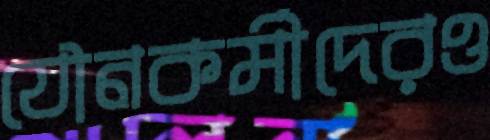
যৌনকর্মীদেরও